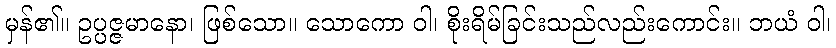
မှန်၏။ ဥပ္ပဇ္ဇမာနော၊ ဖြစ်သော။ သောကော ဝါ၊ စိုးရိမ်ခြင်းသည်လည်းကောင်း။ ဘယံ ဝါ၊